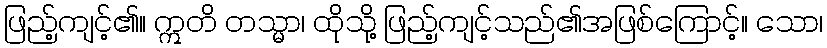
ဖြည့်ကျင့်၏။ ဣတိ တသ္မာ၊ ထိုသို့ ဖြည့်ကျင့်သည်၏အဖြစ်ကြောင့်။ သော၊